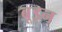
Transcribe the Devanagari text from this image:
बूइन